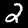
Digit: 2